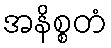
အနိစ္စတံ